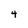
Character: 4